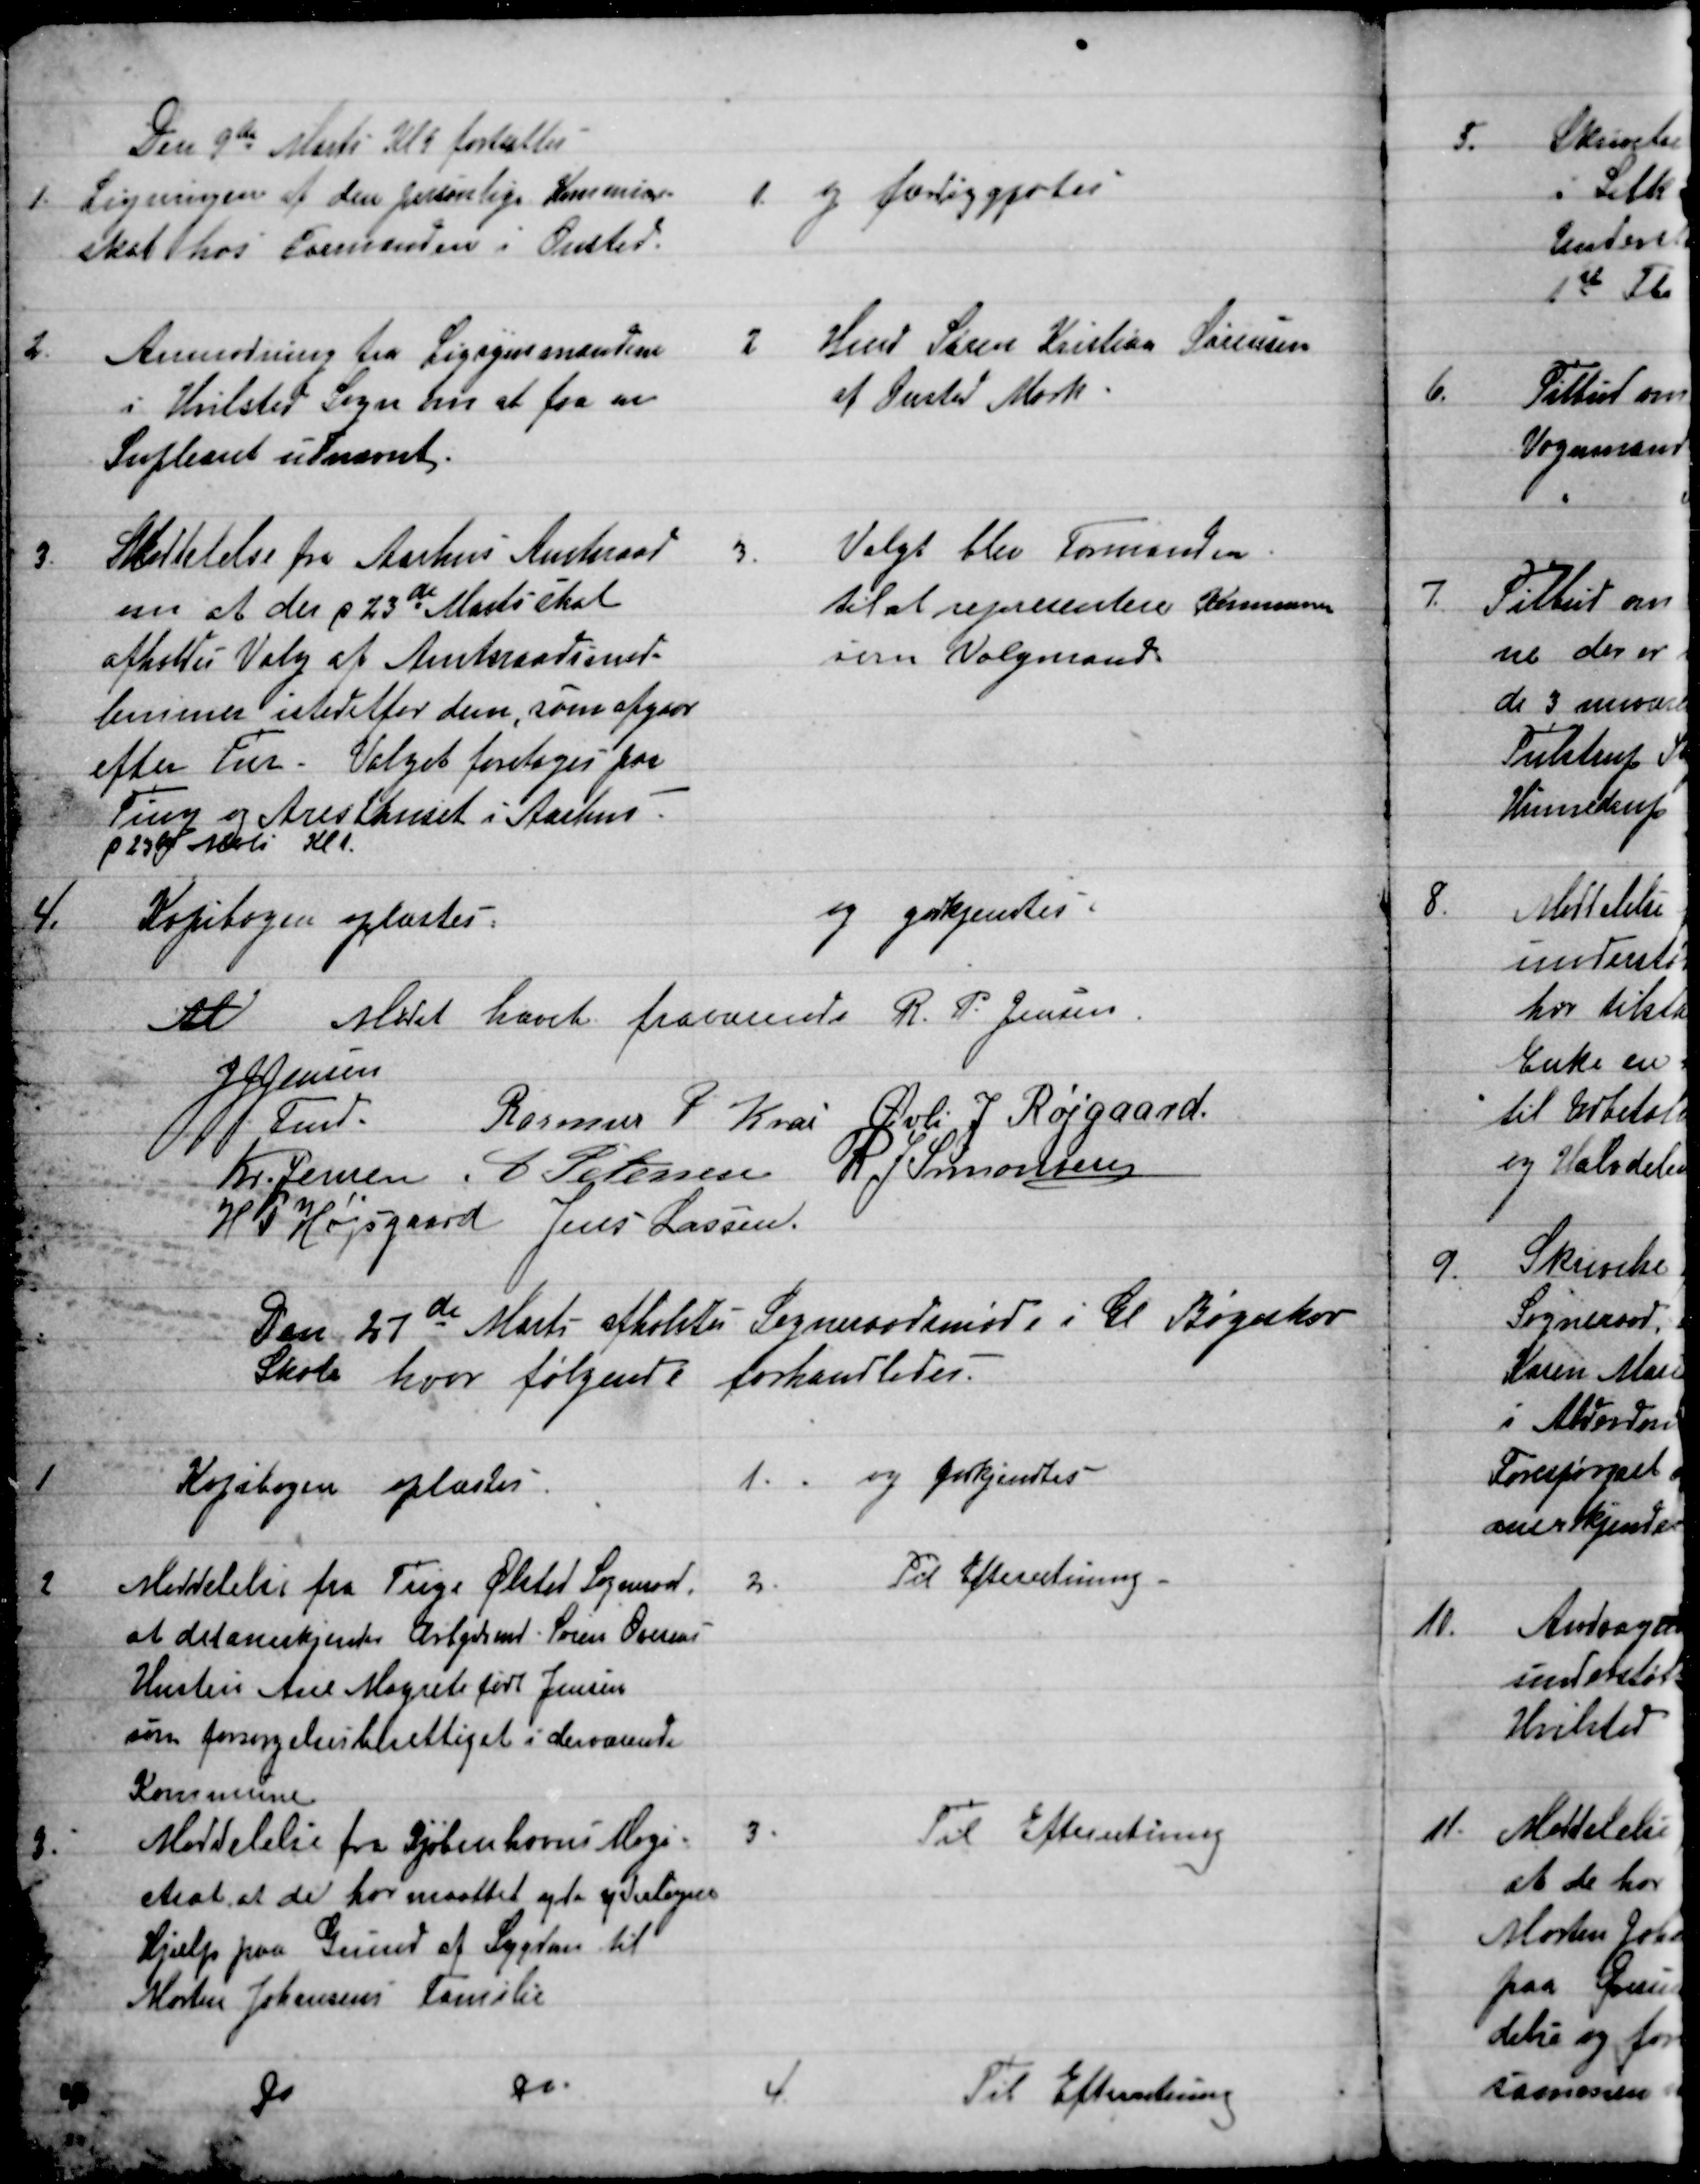
Transskription:
Den 9de Marts Kl 9 fortsattes
1. Ligningen af den personlige Kommune-
skat hos Formanden i Onsted.
1. 
og færtiggjortes
2.
Anmodning fra Ligsynsmændene
i Hvilsted Sogn til at faa en
Supleant udnævnt.
2
Hmd Søren Kristian Sørensen
af Onsted Mark
3.
Meddelelse fra Aarhus Amtsraad
om at der d. 23de Marts skal
afholdes Valg af Amtsraadsmed=
lemmer istedetfor dem, som afgaar
efter Tur. Valget foretages paa
Ting og Aresthuset i Aarhus
p 23de Marts Kl 1.
3.
Valgt blev Formanden
til at representere Kommunen
som Valgmand
4.
Kopibogen oplæstes
og godkjendtes
M
Mødet hævet fraværende R. P. Jensen.
JJ Jensen
Fmd.
Rasmus P Krai  Øvli J. Røjgaard.
Kr. Jensen.  A Petersen  R J Simonsen
H P Højsgaard  Jens Lassen.
Den 27de Marts afholdtes Sogneraadsmøde i Gl Bøgeskov
Skole hvor følgende forhandledes.
1
Kopibogen oplæstes
1.
og godkjendtes
2
Meddelelse fra Trige Ølsted Sogneraad
at det anerkjender Arbejdsmd. Søren Ovesens
Hustru Ane Magrete født Jensen
som forsørgelsesberettiget i derværende
Kommune.
2.
Til Efterretning.
3.
Meddelelse fra Kjøbenhavns Magi=
strat at de har maattet yde yderligere
Hjælp paa Grund af Sygdom til
Morten Johansens Familie
3
Til Efterretning
4
Do 
Do
4.
Til Efterretning